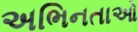
અભિનતાઓ